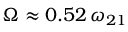
\Omega \approx 0 . 5 2 \, \omega _ { 2 1 }